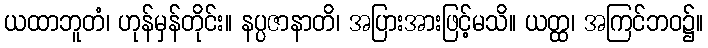
ယထာဘူတံ၊ ဟုန်မှန်တိုင်း။ နပ္ပဇာနာတိ၊ အပြားအားဖြင့်မသိ။ ယတ္ထ၊ အကြင်ဘဝ၌။